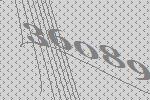
36089